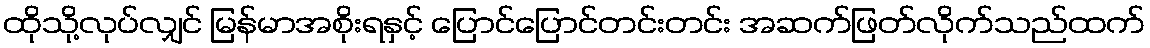
ထိုသို့လုပ်လျှင် မြန်မာအစိုးရနှင့် ပြောင်ပြောင်တင်းတင်း အဆက်ဖြတ်လိုက်သည်ထက်